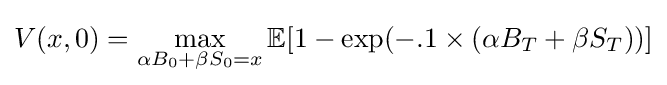
V(x,0)=\max _{\alpha B_{0}+\beta S_{0}=x}\mathbb {E} [1-\exp(-.1\times (\alpha B_{T}+\beta S_{T}))]